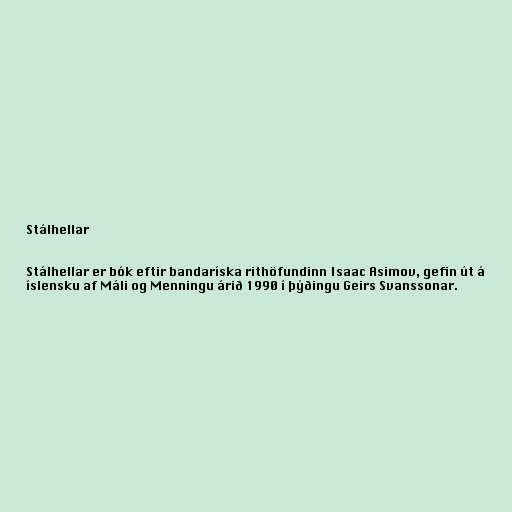
Stálhellar

Stálhellar er bók eftir bandaríska rithöfundinn Isaac Asimov, gefin út á
íslensku af Máli og Menningu árið 1990 í þýðingu Geirs Svanssonar.